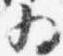
為